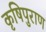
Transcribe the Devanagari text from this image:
कृषिपुराण